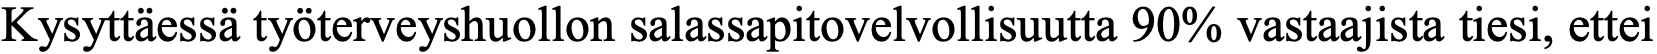
Kysyttäessä työterveyshuollon salassapitovelvollisuutta 90% vastaajista tiesi, ettei